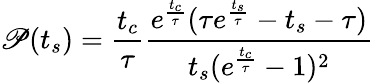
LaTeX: \mathscr{P}(t_{s})=\frac{t_{c}}{\tau}\frac{e^{\frac{t_{c}}{\tau}}(\tau e^{\frac{t_{s}}{\tau}}-t_{s}-\tau)}{t_{s}(e^{\frac{t_{c}}{\tau}}-1)^{2}}